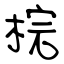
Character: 梡